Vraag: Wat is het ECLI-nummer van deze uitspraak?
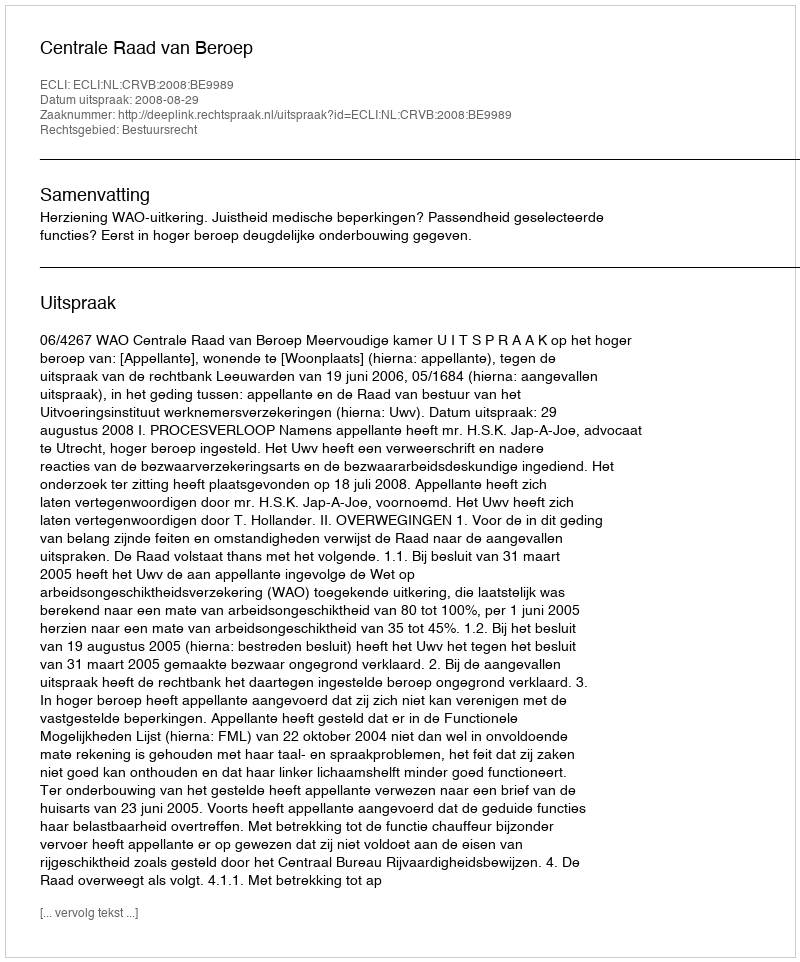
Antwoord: ECLI:NL:CRVB:2008:BE9989